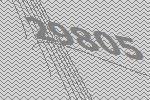
29805